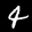
Label: 4